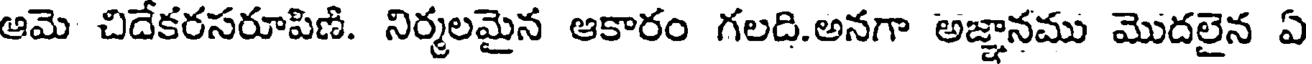
ఆమె చిదేకరసరూపిణి. నిర్మలమైన ఆకారం గలది.అనగా అజ్ఞానము మొదలైన ఏ